Indian journal of veterinary science and animal husbandry - Volume 10,
Year: 1940
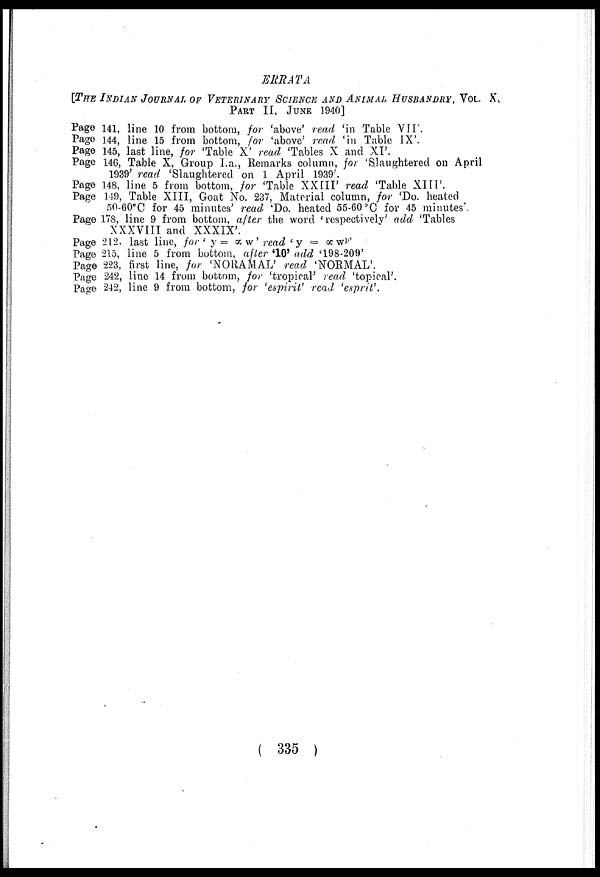
ERRATA
[THE INDIAN JOURNAL OF VETERINARY SCIENCE AND ANIMAL HUSBANDRY, VOL. X,
PART II, JUNE 1940]
Page 141, line 10 from bottom, for 'above' read 'in Table VII'
Page 144, line 15 from bottom, for 'above' read 'in Table IX'.
Page 145, last line, for 'Table X' read 'Tables X and XI'.
Page 146, Table X, Group I.a., Remarks column, for 'Slaughtered on April
1939' read 'Slaughtered on 1 April 1939'.
Page 148, line 5 from bottom, for 'Table XXIII' read 'Table XIII'.
Page 149, Table XIII, Goat No. 237, Material column, for 'Do. heated
50-60°C for 45 minutes' read ' Do. heated 55-60 °C for 45 minutes'.
Page 178, line 9 from bottom, after the word 'respectively' add 'Tables
XXXVIII and XXXIX'.
Page 212. last line, for ' y = α.w'read'y = αw P'
Page 215, line 5 from bottom, after '10' add '198-209'
Page 223, first line, for 'NORAMAL' read 'NORMAL'.
Page 242, line 14 from bottom, for 'tropical' read 'topical'.
Page 242, line 9 from bottom, for 'espirit' read 'esprit,'.
( 335 )